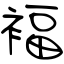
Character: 褔